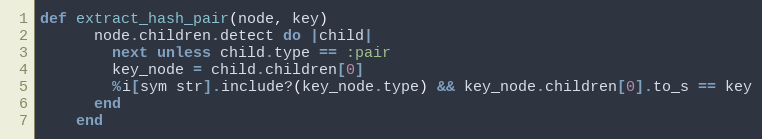
Language: Ruby
def extract_hash_pair(node, key)
      node.children.detect do |child|
        next unless child.type == :pair
        key_node = child.children[0]
        %i[sym str].include?(key_node.type) && key_node.children[0].to_s == key
      end
    end